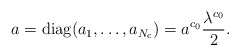
\begin{align*}a = {\rm diag} (a_1, \dots, a_{N_{\rm c}}) = a^{c_0}\frac{\lambda^{c_0}}{2} .\end{align*}